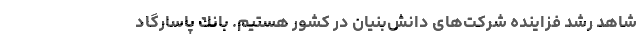
شاهد رشد فزاینده شركت‌های دانش‌بنیان در كشور هستیم. بانك پاسارگاد